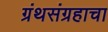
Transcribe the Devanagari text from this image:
ग्रंथसंग्रहाचा